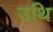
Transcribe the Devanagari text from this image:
उथि